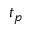
t _ { p }